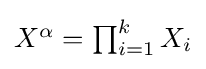
\textstyle X^{\alpha }=\prod _{i=1}^{k}X_{i}